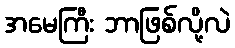
အမေကြီး ဘာဖြစ်လို့လဲ